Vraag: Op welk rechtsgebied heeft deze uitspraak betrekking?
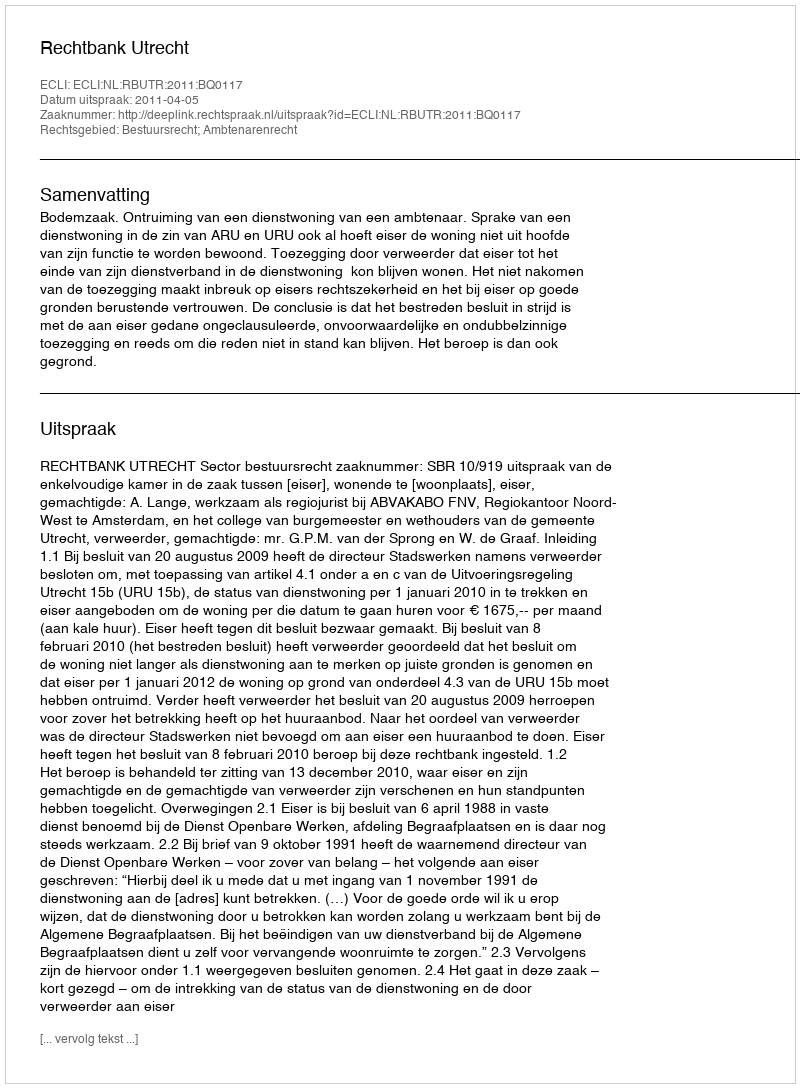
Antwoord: Bestuursrecht; Ambtenarenrecht